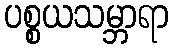
ပစ္စယသမ္ဘာရာ